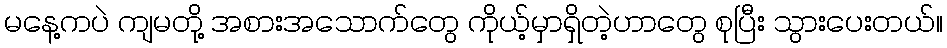
မနေ့ကပဲ ကျမတို့ အစားအသောက်တွေ ကိုယ့်မှာရှိတဲ့ဟာတွေ စုပြီး သွားပေးတယ်။